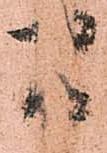
間